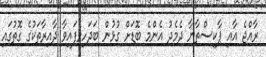
ރާއްޖެ އާއި ޕާކިސްތާނާ ދެމެދު އެންމެ ބޮޑަށް ގުޅުން ބަދަހިވެފައިވާ ދާއިރާތަކުގެ ގޮތުގައި